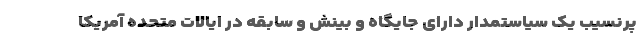
پرنسیب یک سیاستمدار دارای جایگاه و بینش و سابقه در ایالات متحده آمریکا